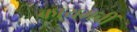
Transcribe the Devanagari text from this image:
कायमचीं